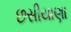
છસીયાણા